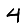
Digit: 4